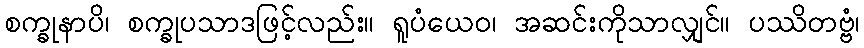
စက္ခုနာပိ၊ စက္ခုပသာဒဖြင့်လည်း။ ရူပံယေဝ၊ အဆင်းကိုသာလျှင်။ ပဿိတဗ္ဗံ၊